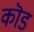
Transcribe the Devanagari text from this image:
कॊड